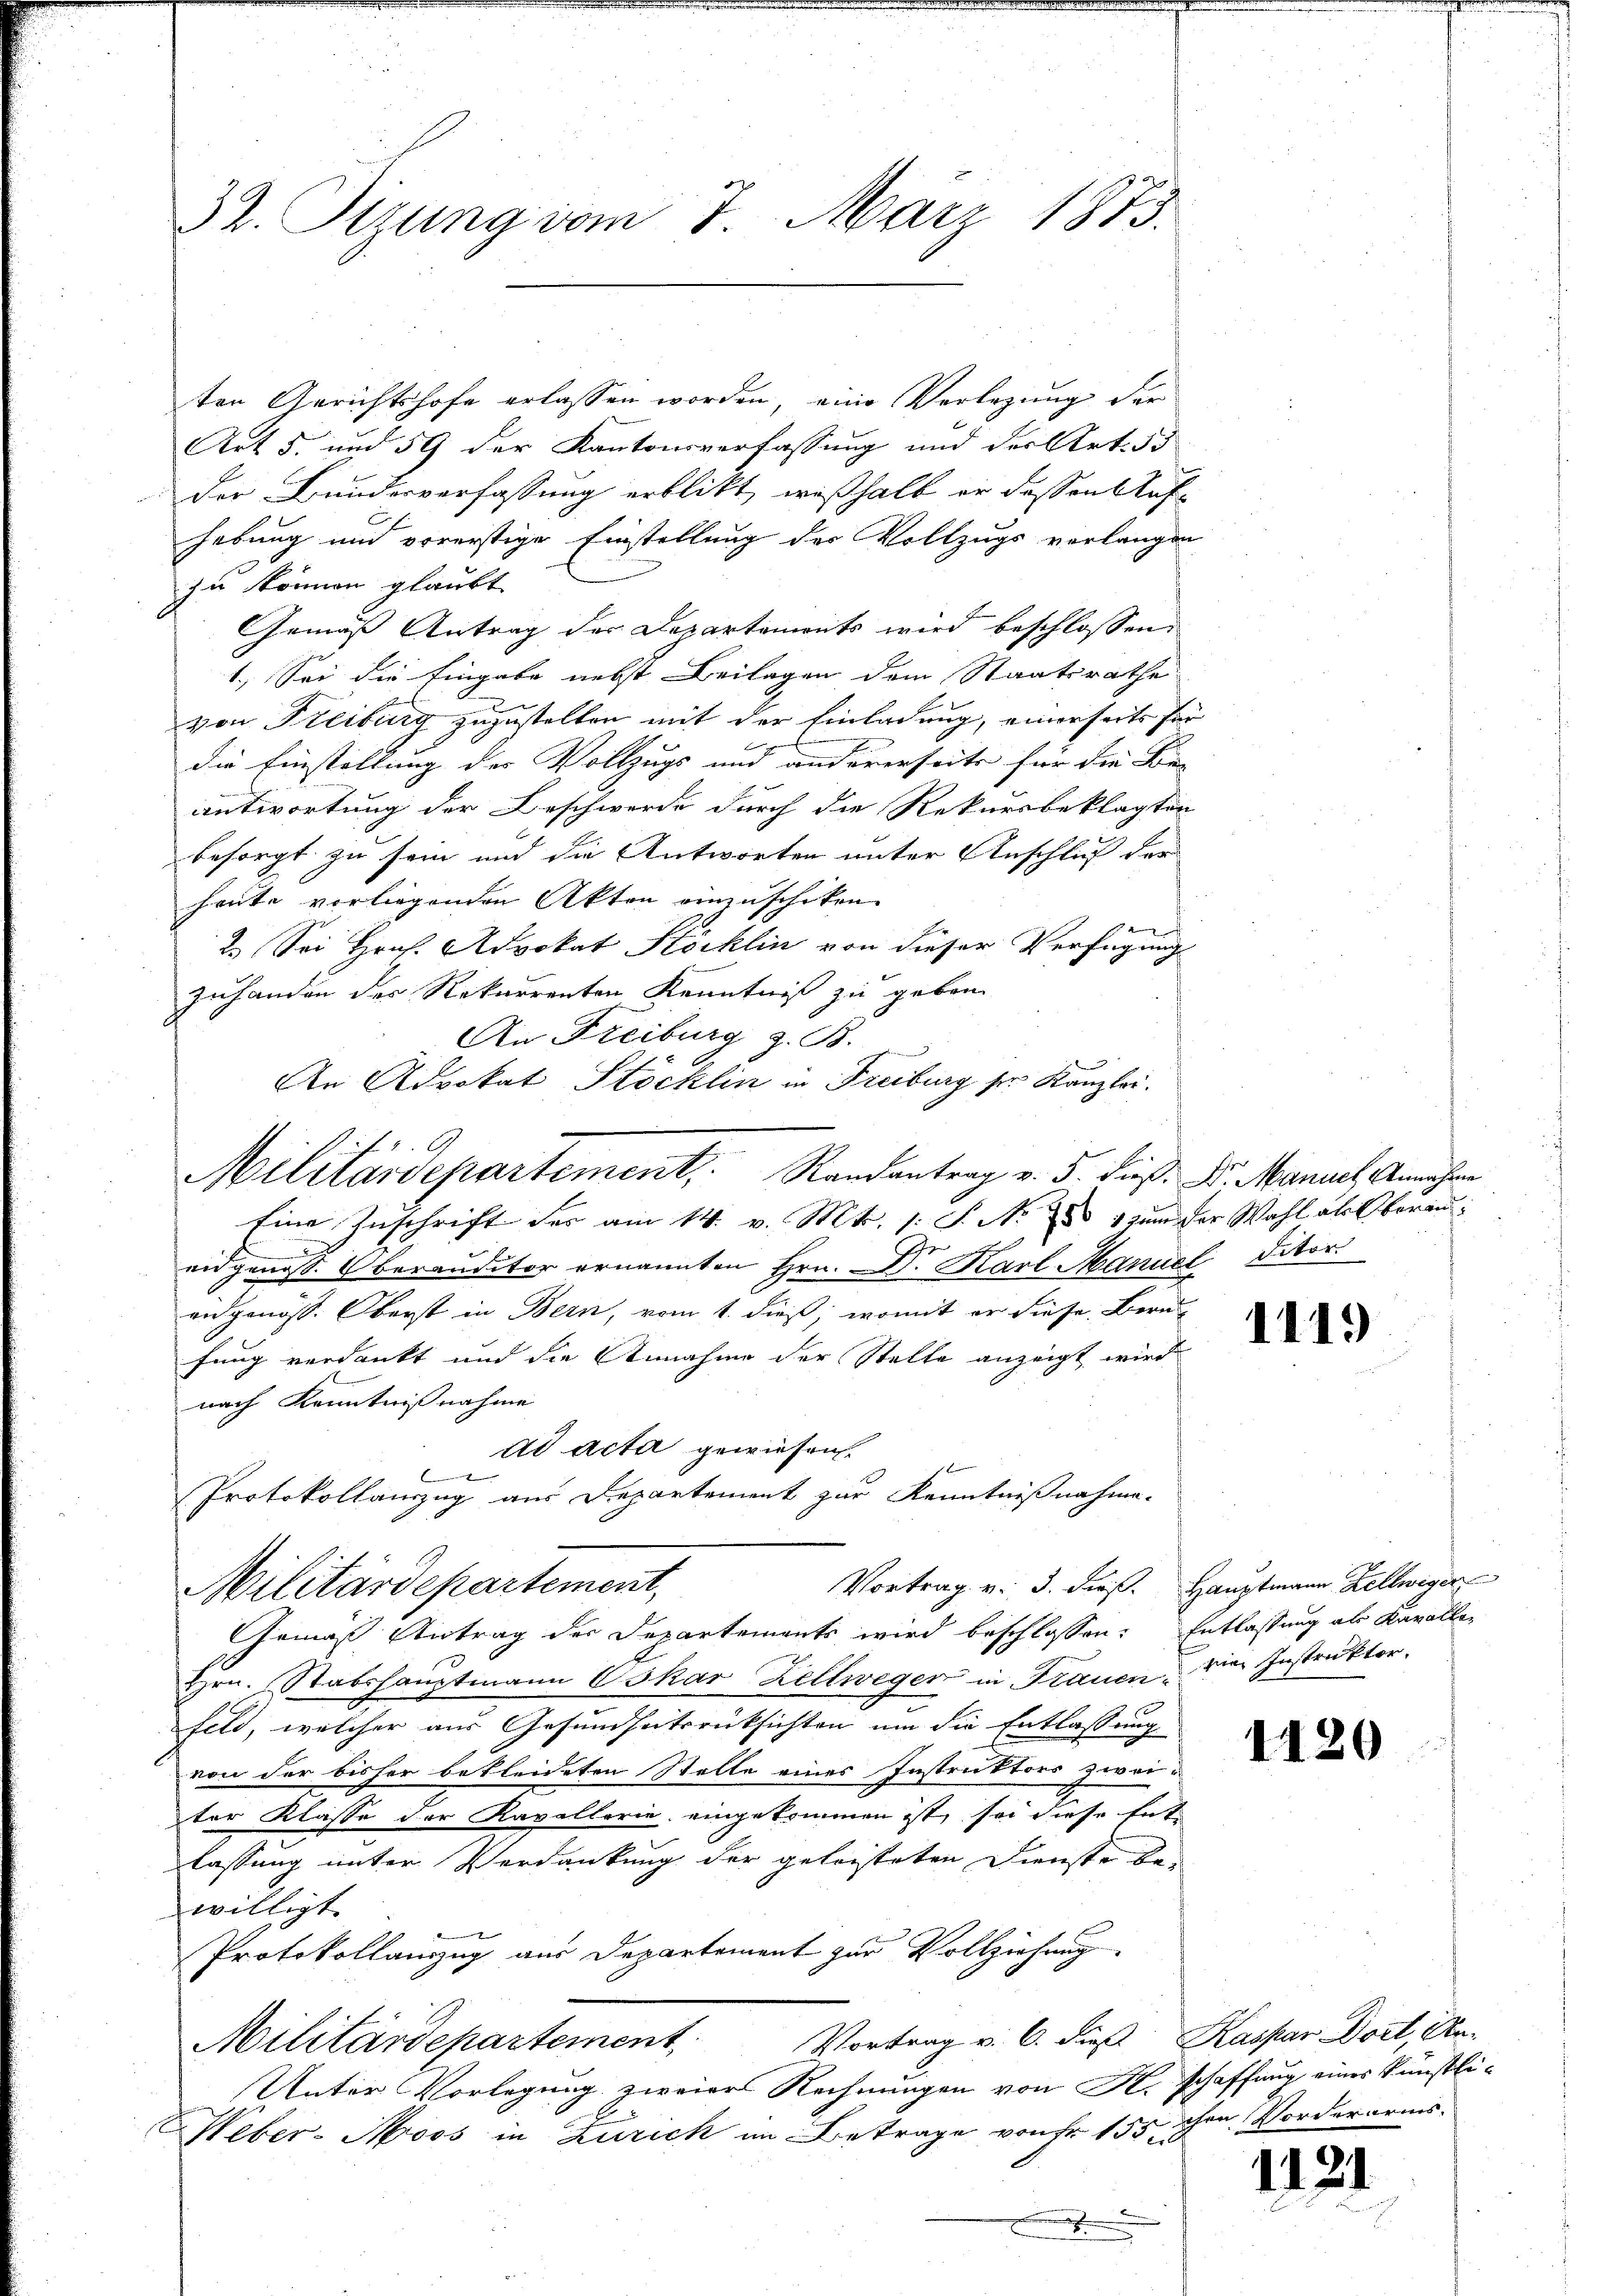
32. Itzung vom 7. März 1873.

ten Gerichtshofe erlassen worden, eine Verlegung der
Art 5. und 59 der Kantonsverfassung und der Art. 55
der Bundesverfassung erblikt, weßhalb er dessen Auf-
hebung und vorerstige Einstellung der Vollzugs verlangen
zu können glaubt
Gemäß Antrag der Departements wird beschlossen,
1.) Sei die Eingabe nebst Beilagen dem Staatsrathe
von Freiburg zuzustellen mit der Einladung, einerseits für
die Einstellung der Vollzugs und andererseits für die Be-
antwortung der Beschwerde durch die Rekursbeklagten
besorgt zu sein und die Antworten unter Anschluß der
heute vorliegenden Akten einzuschiken.
2
2. Sei Hrn. Advokat Köcklin von dieser Verfügungs
zuhanden der Rekurrenten Kenntniß zu geben.
An Freiburg z. B.
An Advokat Stöcklin in Freiburg ser Kanzlei.
Eine Zuschrift der am 14. v. Mts. 1 S. Nr. 1 zum der Wahl als Oberau
eidgenoss. Oberanditor ernannten Hrn. Dr. Karl Manuel Ditor
eidgenöss. Oberst in Bern, vom 1. dieß, womit er diese Bern-
fung verdankt und die Annahme der Stelle anzeigt wird
nach Kenntnißnahme
ad Acta gewiesen.
t
.
Protokollanzug aus Departement zur Kenntnißnahme-
Vortrag v. 3. dieß. Hauptmann Zellweger
Militärdepartement,
Gemäß Antrag der Departements wird beschlossen: Entlassung als Kavallen
Hrn. Stabshauptmann Oskar Zellweger in Frauen - Die Instruktor.
feld, welcher aus Gesundheitsrücksichten um die Entlassung
von der bisher bekleideten Stelle eines Instruktors zweiter Klasse der Kavallorie, eingekommen ist, sei diese Ent-
lassung unter Verdankung der geleisteten Dienste bewilligt.
Protokollanzzug aus Departement zur Vollziehung
Militärdepartement. Vortrag v. 6. dieß Kaspar Dort, An¬
Unter Vorlegung zweiers Rechnungen von K. schaffung einer künstli¬
Weber-Moos in Zürich im Betrage von Fr. 155 ihre Vorderaris

Militärdepartement, Randantrag v. 5. dieß: Dr. Manuel Annahme

1119

1120

1121